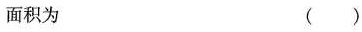
面积为 ( )